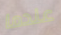
عندما